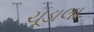
ચૂડાલા